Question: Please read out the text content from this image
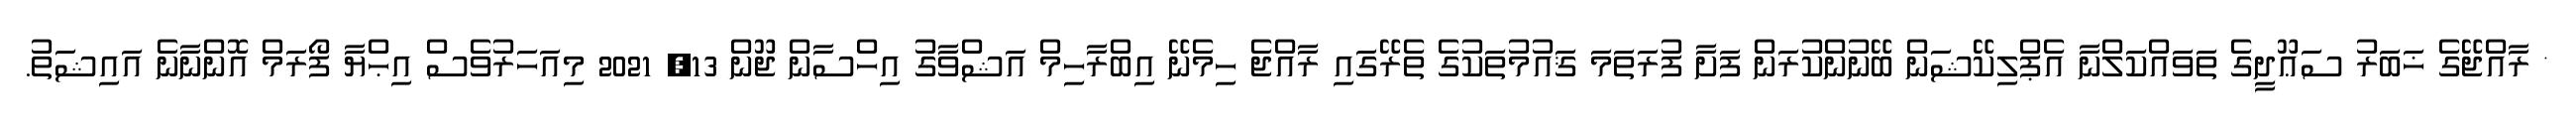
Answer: * ރާއްޖޭގެ ޚަބަރު ސަޢޫދީގެ ތަވައްކަލްނާ އެޕްލިކޭޝަން ބޭނުންކުރަން ފަށާ ފުރަތަމަ ޤައުމުތަކުގެ ތެރޭގައި ރާއްޖެ ހިމެނޭ އިބްރާހިމް އަޝްވާގު އިހްސާން ޖޫން 13, 2021 މިއަހަރުވެސް އިޙްޔާ ފޯރަމް އޮންނާނެ އައިޝަތު.